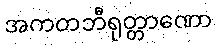
အကတဘီရုတ္တာဏော